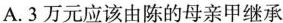
A. 3万元应该由陈的母亲甲继承